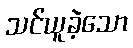
သင်ယူခဲ့သော